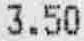
3.50